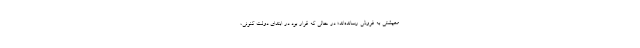
معیشتی به فروش رسانده‌اند؛ در حالی که قرار بود در ابتدای دولت کنونی،